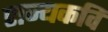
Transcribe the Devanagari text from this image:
राज्यकवि